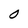
Character: 0